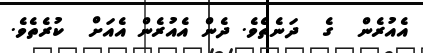
އެއުރެން  ގެ  ދަނެތެވެ. ދެން އެއުރެން އެއަށް  ކުރެތެވެ.